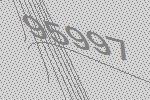
95997